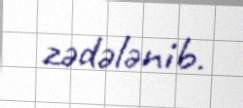
zədələnib.